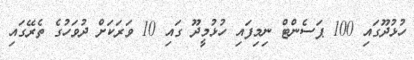
ހުޅުދޫގައި 100 ޕަސެންޓް ނިމިފައި ހުޅުމީދޫ ގައި 10 ވަރަކަށް ދުވަހުގެ ތެރޭގައި